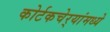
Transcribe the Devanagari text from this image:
कोर्टकचेर्‍यांमध्ये